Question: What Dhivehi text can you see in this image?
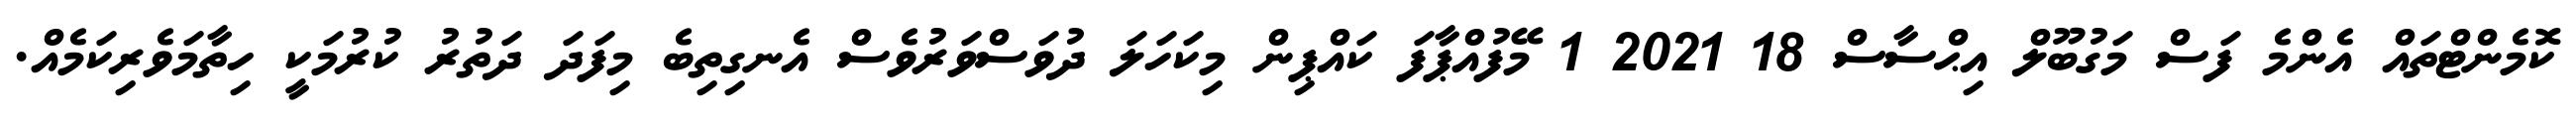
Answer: ކޮމެންޓްތައް އެންމެ ފަސް މަގުބޫލް އިޙްސާސް 18 2021 1 މޭފުއްޕާފަ ކައްޕިން މިކަހަލަ ދުވަސްވަރުވެސް އެނގިތިބެ މިފަދަ ދަތުރު ކުރުމަކީ ހިތާމަވެރިކަމެއް.